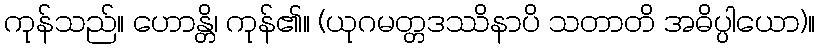
ကုန်သည်။ ဟောန္တိ၊ ကုန်၏။ (ယုဂမတ္တဒဿိနာပိ သတာတိ အဓိပ္ပါယော)။